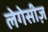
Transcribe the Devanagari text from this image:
लेगेसीज़